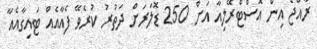
ރާއްޖެ އިން އޮސްޓްރޭލިއާ އަށް 250 ޑޮލަރަށް ދަތުރު ކުރެވޭ ފެއާއެއް ޓައިގާއެއާ